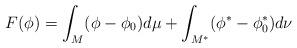
LaTeX: \begin{align*}F(\phi) = \int_{M} (\phi - \phi_0) d\mu + \int_{M^*} (\phi^* - \phi_0 ^*) d\nu \end{align*}